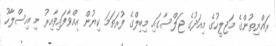
ރައްޔިތުންގެ މަޖިލީހުގެ މިއަދުގެ ޖަލްސާގައި މިބިލްގެ ފުރަތަމަ ކިޔުން އިއްވާފައިވާއިރު މި އިސްލާހު